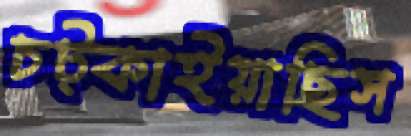
চট্‌কাইয়াছিস